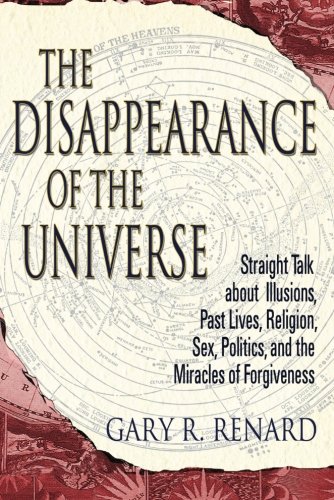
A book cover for The Disappearance of the Universe: Straight Talk about Illusions, Past Lives, Religion, Sex, Politics, and the Miracles of Forgiveness; Gary R. Renard; Religion & Spirituality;